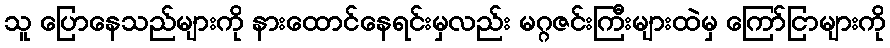
သူ ပြောနေသည်များကို နားထောင်နေရင်းမှလည်း မဂ္ဂဇင်းကြီးများထဲမှ ကြော်ငြာများကို